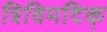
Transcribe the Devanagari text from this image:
त्रिविमदिक्